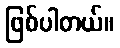
ဖြစ်ပါတယ်။